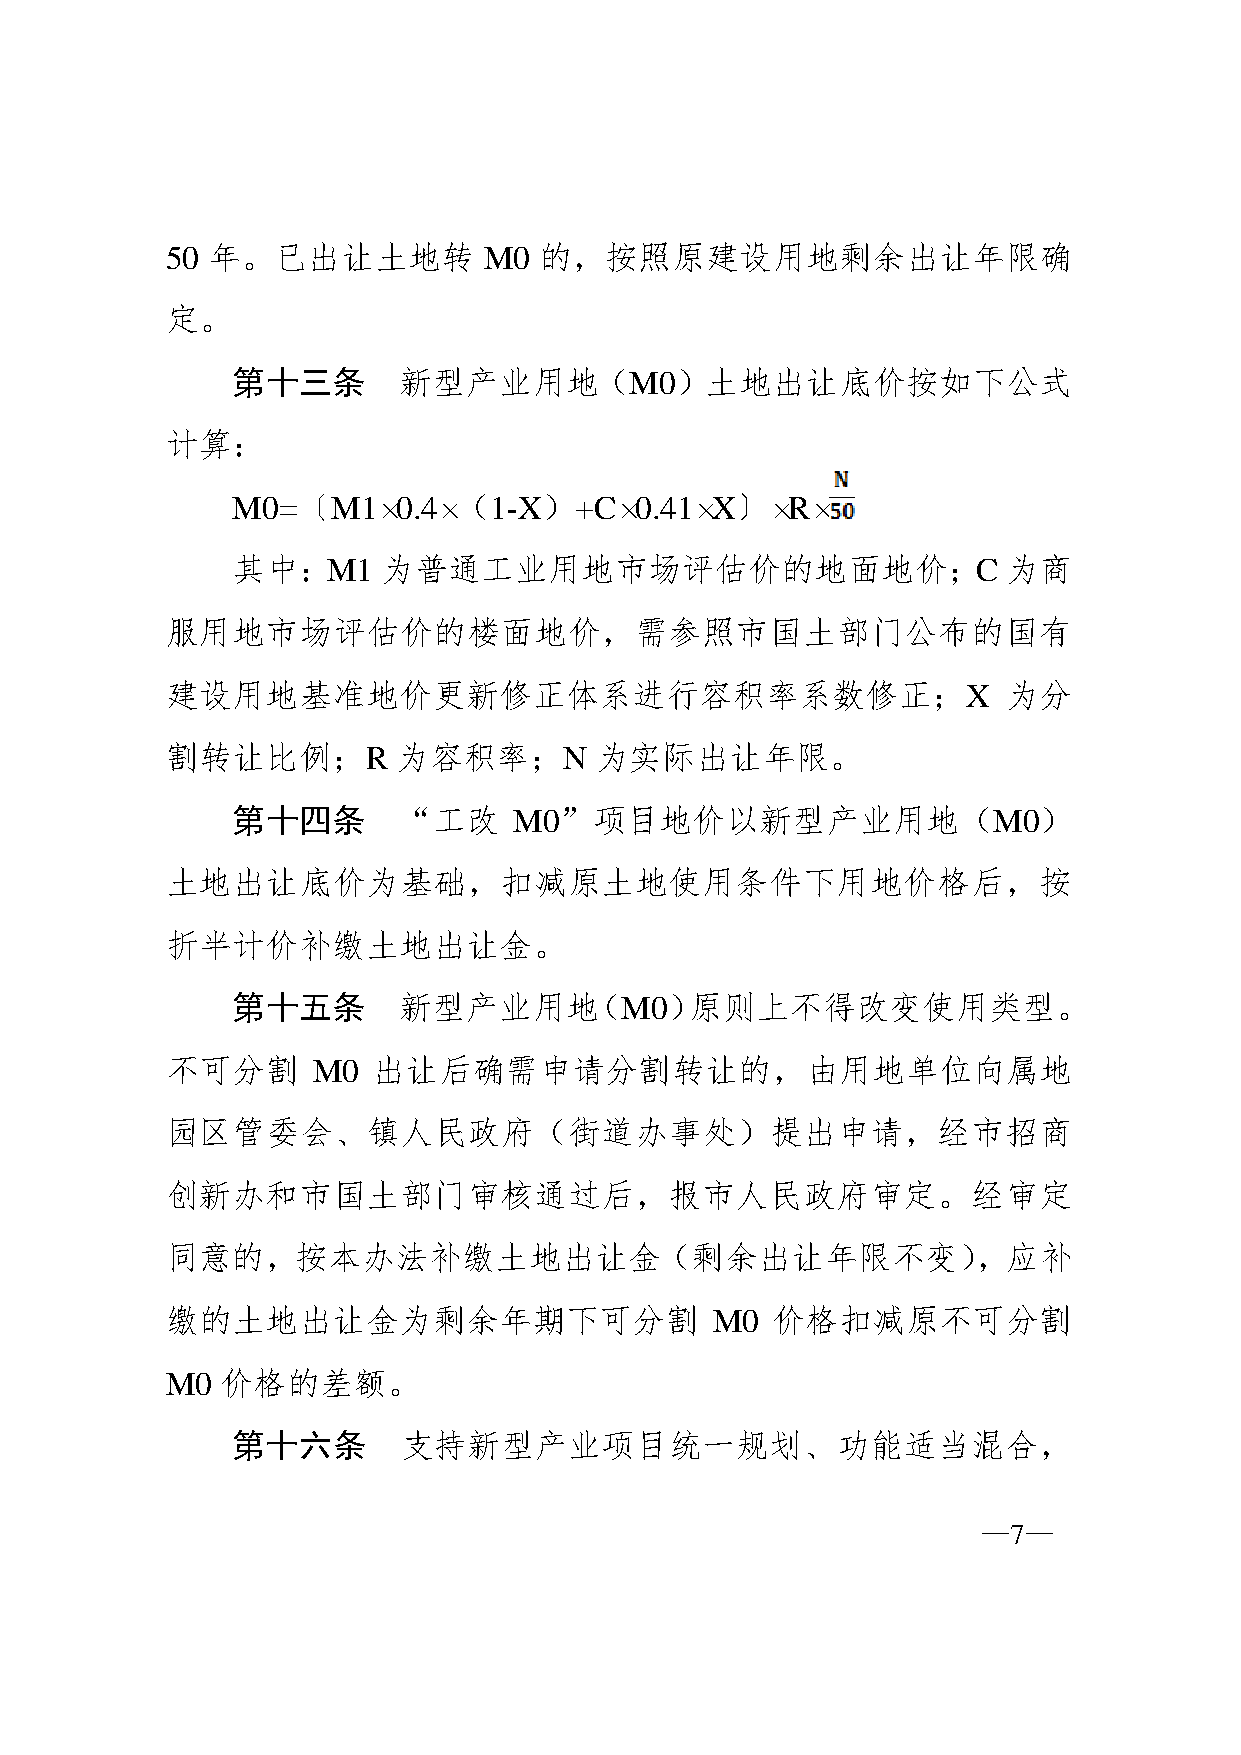
50 年。已出让土地转          M0  的，按照原建设用地剩余出让年限确
 定。
 第十三条       新型产业用地（M0）土地出让底价按如下公式
 计算：
 M0=〔M1×0.4×（1-X）+C×0.41×X〕×R×
 其中：M1     为普通工业用地市场评估价的地面地价；C                       为商
 服用地市场评估价的楼面地价，需参照市国土部门公布的国有
 建设用地基准地价更新修正体系进行容积率系数修正；X                               为分
 割转让比例；R        为容积率；N       为实际出让年限。
 第十四条       “工改     M0”项目地价以新型产业用地（M0）
 土地出让底价为基础，扣减原土地使用条件下用地价格后，按
 折半计价补缴土地出让金。
 第十五条       新型产业用地（M0）原则上不得改变使用类型。
 不可分割      M0  出让后确需申请分割转让的，由用地单位向属地
 园区管委会、镇人民政府（街道办事处）提出申请，经市招商
 创新办和市国土部门审核通过后，报市人民政府审定。经审定
 同意的，按本办法补缴土地出让金（剩余出让年限不变），应补
 缴的土地出让金为剩余年期下可分割                    M0  价格扣减原不可分割
 M0  价格的差额。
 第十六条        支持新型产业项目统一规划、功能适当混合，
 —7—